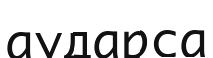
аударса